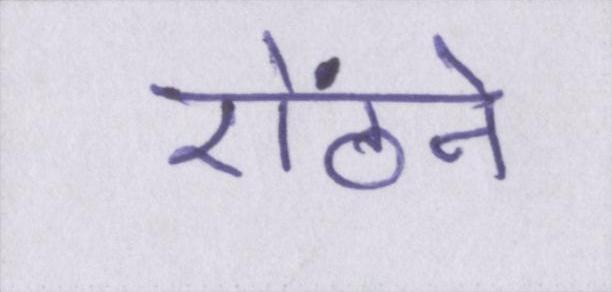
ऐंठने